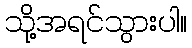
သို့အရင်သွားပါ။